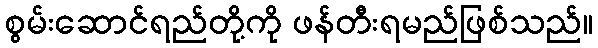
စွမ်းဆောင်ရည်တို့ကို ဖန်တီးရမည်ဖြစ်သည်။